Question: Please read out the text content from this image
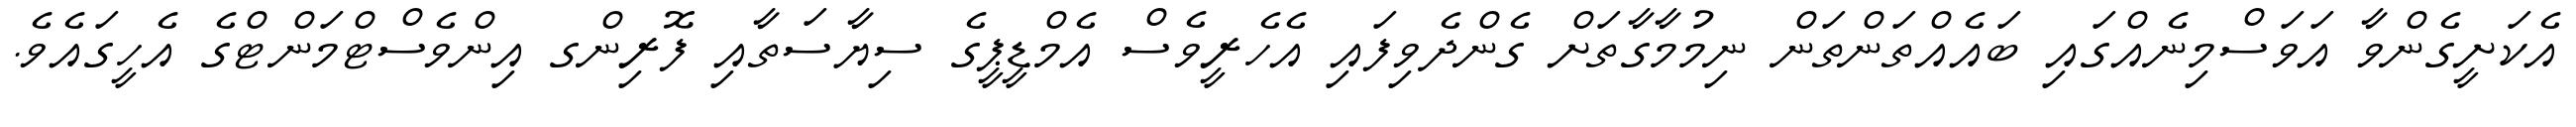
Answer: އެކަށީގެންވާ އަވަސްމިނެއްގައި ބައެއްތަންތަން ނިމުމާގާތަށް ގެންދެވިފައި އެހެރީވެސް އެމްޑީޕީގެ ސިޔާސަތާއި ފޮރިންގ އިންވެސްޓްމަންޓްގެ އެހީގައެވެ.